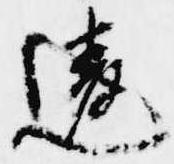
違